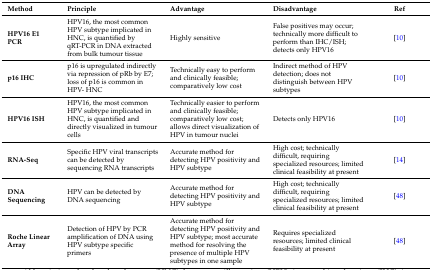
<table><thead><tr><td><b>Method</b></td><td><b>Principle</b></td><td><b>Advantage</b></td><td><b>Disadvantage</b></td><td><b>Ref</b></td></tr></thead><tbody><tr><td><b>HPV16 E1 PCR</b></td><td>HPV16, the most common HPV subtype implicated in HNC, is quantified by qRT-PCR in DNA extracted from bulk tumour tissue</td><td>Highly sensitive</td><td>False positives may occur; technically more difficult to perform than IHC/ISH; detects only HPV16</td><td>[10]</td></tr><tr><td><b>p16 IHC</b></td><td>p16 is upregulated indirectly via repression of pRb by E7; loss of p16 is common in HPV- HNC</td><td>Technically easy to perform and clinically feasible; comparatively low cost</td><td>Indirect method of HPV detection; does not distinguish between HPV subtypes</td><td>[10]</td></tr><tr><td><b>HPV16 ISH</b></td><td>HPV16, the most common HPV subtype implicated in HNC, is quantified and directly visualized in tumour cells</td><td>Technically easier to perform and clinically feasible; comparatively low cost; allows direct visualization of HPV in tumour nuclei</td><td>Detects only HPV16</td><td>[10]</td></tr><tr><td><b>RNA-Seq</b></td><td>Specific HPV viral transcripts can be detected by sequencing RNA transcripts</td><td>Accurate method for detecting HPV positivity and HPV subtype</td><td>High cost; technically difficult, requiring specialized resources; limited clinical feasibility at present</td><td>[14]</td></tr><tr><td><b>DNA Sequencing</b></td><td>HPV can be detected by DNA sequencing </td><td>Accurate method for detecting HPV positivity and HPV subtype</td><td>High cost; technically difficult, requiring specialized resources; limited clinical feasibility at present</td><td>[48]</td></tr><tr><td><b>Roche Linear Array</b></td><td>Detection of HPV by PCR amplification of DNA using HPV subtype specific primers</td><td>Accurate method for detecting HPV positivity and HPV subtype; most accurate method for resolving the presence of multiple HPV subtypes in one sample</td><td>Requires specialized resources; limited clinical feasibility at present</td><td>[48]</td></tr></tbody></table>